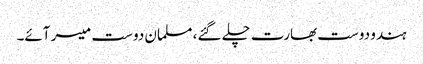
ہندو دوست بھارت چلے گئے، مسلمان دوست میسر آئے۔